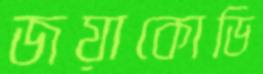
জয়াকোডি